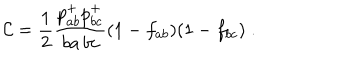
LaTeX: { \cal C } = \frac { 1 } { 2 } \frac { p _ { a b } ^ { + } p _ { b c } ^ { + } } { b a \, b c } ( 1 - f _ { a b } ) ( 1 - f _ { b c } ) \; .